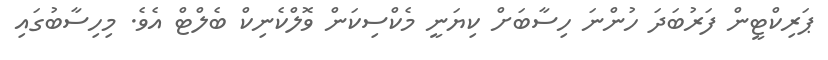
ޕަރިކްޓީން ފަރުބަދަ ހުންނަ ހިސާބަށް ކިޔަނީ މެކްސިކަން ވޮލްކެނިކް ބެލްޓް އެވެ. މިހިސާބުގައި